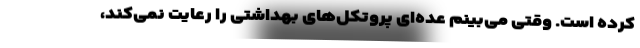
کرده است. وقتی می‌بینم عده‌ای پروتکل‌های بهداشتی را رعایت نمی‌کند،